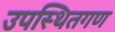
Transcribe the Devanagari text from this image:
उपस्थितगण